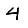
Digit: 4